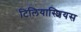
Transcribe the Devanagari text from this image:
टिलियास्शियस